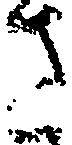
さ